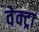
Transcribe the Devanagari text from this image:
वेक्ट्रा